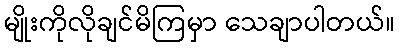
မျိုးကိုလိုချင်မိကြမှာ သေချာပါတယ်။